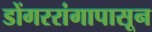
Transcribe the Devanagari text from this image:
डोंगररांगापासून